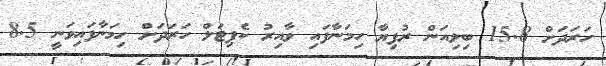
ހަރަދަށް 15.8 ބިލިއަން ރުފިޔާ ހިމަނާފައި ވާއިރު ކެޕިޓަލް ހަރަދަށް ހިމަނާފައިވަނީ 8.5